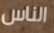
الناس